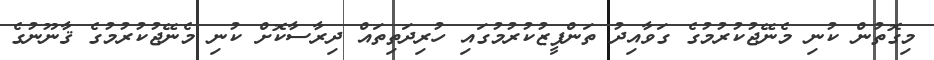
މިގޮތުން ކުނި މެނޭޖުކުރުމުގެ ގަވާއިދު ތަންފީޒުކުރުމުގައި ހުރިދަތިތައް ދިރާސާކޮށް ކުނި މެނޭޖުކުރުމުގެ ޤާނޫނުގެ